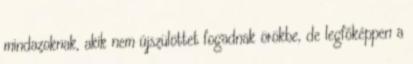
mindazoknak, akik nem újszülöttet fogadnak örökbe, de legfőképpen a